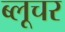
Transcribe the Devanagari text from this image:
ब्लूचर